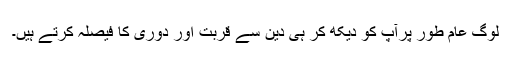
لوگ عام طور پرآپ کو دیکھ کر ہی دین سے قربت اور دوری کا فیصلہ کرتے ہیں۔